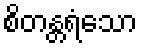
စိတန္တရံသော